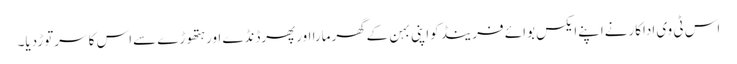
اس ٹی وی اداکارنےاپنےایکس بوائے فرینڈ کواپنی بہن کےگھرمارا اورپھرڈنڈے اورہتھوڑے سےاس کا سرتوڑدیا۔